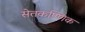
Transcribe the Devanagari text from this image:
सेतकण्णिक